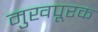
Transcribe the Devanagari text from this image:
मुखपूरक